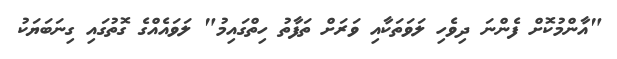
"އާންމުކޮށް ފެންނަ ދިވެހި ލަވަތަކާއި ވަރަށް ތަފާތު ހިތްގައިމު" ލަވައެއްގެ ގޮތުގައި ގިނަބަޔަކު